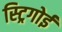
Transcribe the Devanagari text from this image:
स्ट्रिगोई